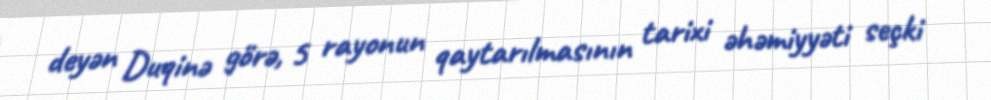
deyən Duqinə görə, 5 rayonun qaytarılmasının tarixi əhəmiyyəti seçki